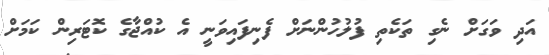
އަދި ވަގަށް ނެގި ތަކެތި ފުލުހުންނަށް ފެނިފައިވަނީ އެ ކުއްޖާގެ ކޮޓަރިން ކަމަށް